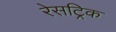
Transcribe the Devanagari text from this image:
रेसट्रिक